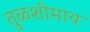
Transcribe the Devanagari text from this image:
तुळशीमाय